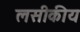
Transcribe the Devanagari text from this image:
लसीकीय